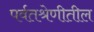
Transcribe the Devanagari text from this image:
पर्वतश्रेणीतील